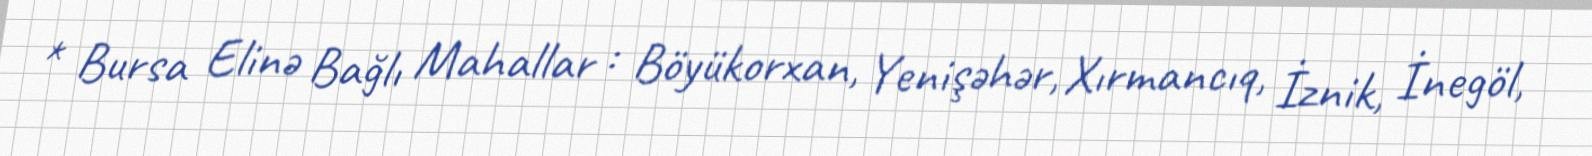
* Bursa Elinə Bağlı Mahallar : Böyükorxan, Yenişəhər, Xırmancıq, İznik, İnegöl,